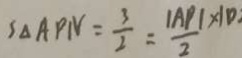
S _ { \Delta A P N } = \frac { 3 } { 2 } = \frac { \vert A P \vert \times 1 0 } { 2 }